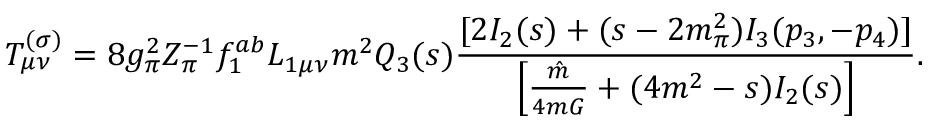
T _ { \mu \nu } ^ { ( \sigma ) } = 8 g _ { \pi } ^ { 2 } Z _ { \pi } ^ { - 1 } f _ { 1 } ^ { a b } { \cal L } _ { 1 \mu \nu } m ^ { 2 } Q _ { 3 } ( s ) \frac { [ 2 I _ { 2 } ( s ) + ( s - 2 m _ { \pi } ^ { 2 } ) I _ { 3 } ( p _ { 3 } , - p _ { 4 } ) ] } { \left[ \frac { \hat { m } } { 4 m G } + ( 4 m ^ { 2 } - s ) I _ { 2 } ( s ) \right] } .